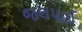
જલપાઈ